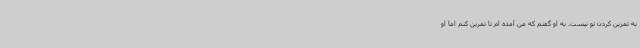
به تمرین کردن تو نیست. به او گفتم که من آمده ام تا تمرین کنم اما او